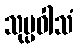
သုပ္ပဝါသံ